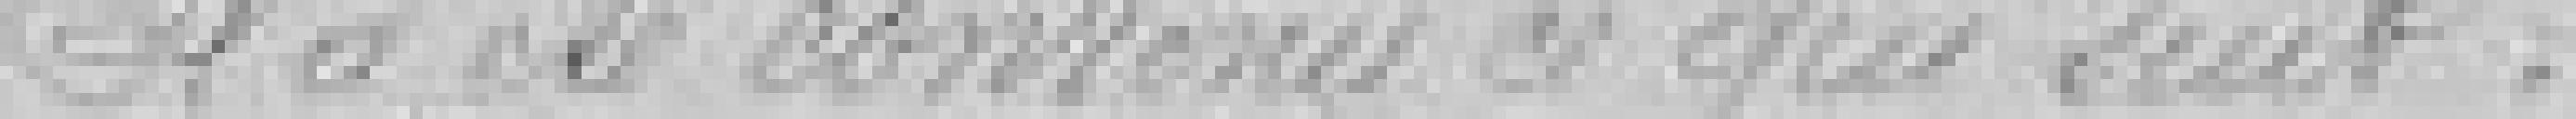
Il a été convenu ce qui suit :